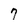
Character: 7